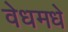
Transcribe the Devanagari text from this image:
वेधमधे